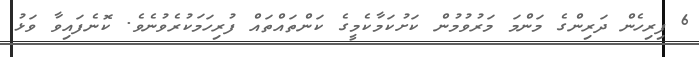
6 ފިރިހެން ދަރިންގެ މަންމަ މަރުވުމުން ކަށުކަމާކެމީގެ ކަންތައްތައް ފުރިހަމަކުރެވުނެވެ. ކޮނެފައިވާ ވަޅު